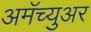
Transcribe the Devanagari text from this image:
अमॅच्युअर